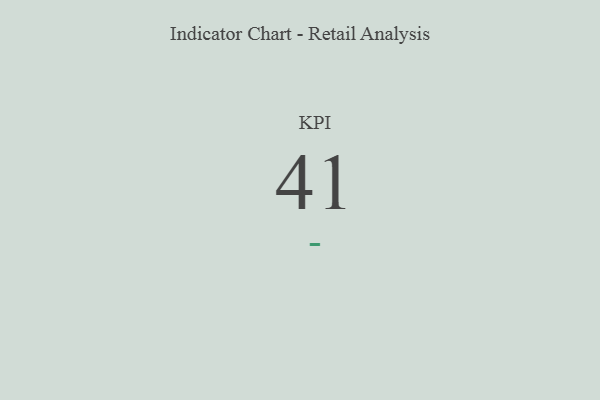
{"axis": {"x": "KPI", "y": "Value"}, "legend": [""], "data": [{"x": "KPI", "y": 41, "type": ""}]}